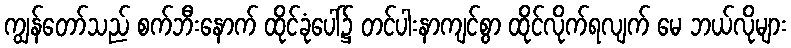
ကျွန်တော်သည် စက်ဘီးနောက် ထိုင်ခုံပေါ်၌ တင်ပါးနာကျင်စွာ ထိုင်လိုက်ရလျက် မေ ဘယ်လိုများ